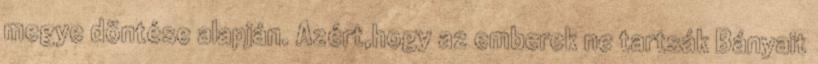
megye döntése alapján. Azért,hogy az emberek ne tartsák Bányait